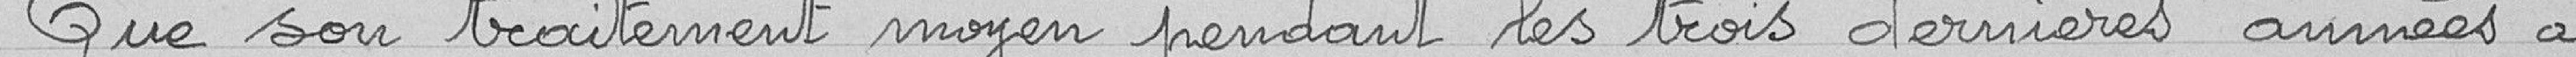
Que son traitement moyen pendant les trois dernières années a